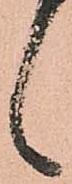
候